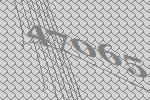
47065